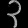
Digit: ၃